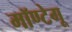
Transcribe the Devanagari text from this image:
मॉण्टेगू